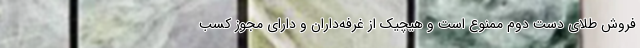
فروش طلای دست دوم ممنوع است و هیچیک از غرفه‌داران و دارای مجوز کسب